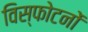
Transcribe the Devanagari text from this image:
विस्फोटनों